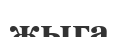
жыга